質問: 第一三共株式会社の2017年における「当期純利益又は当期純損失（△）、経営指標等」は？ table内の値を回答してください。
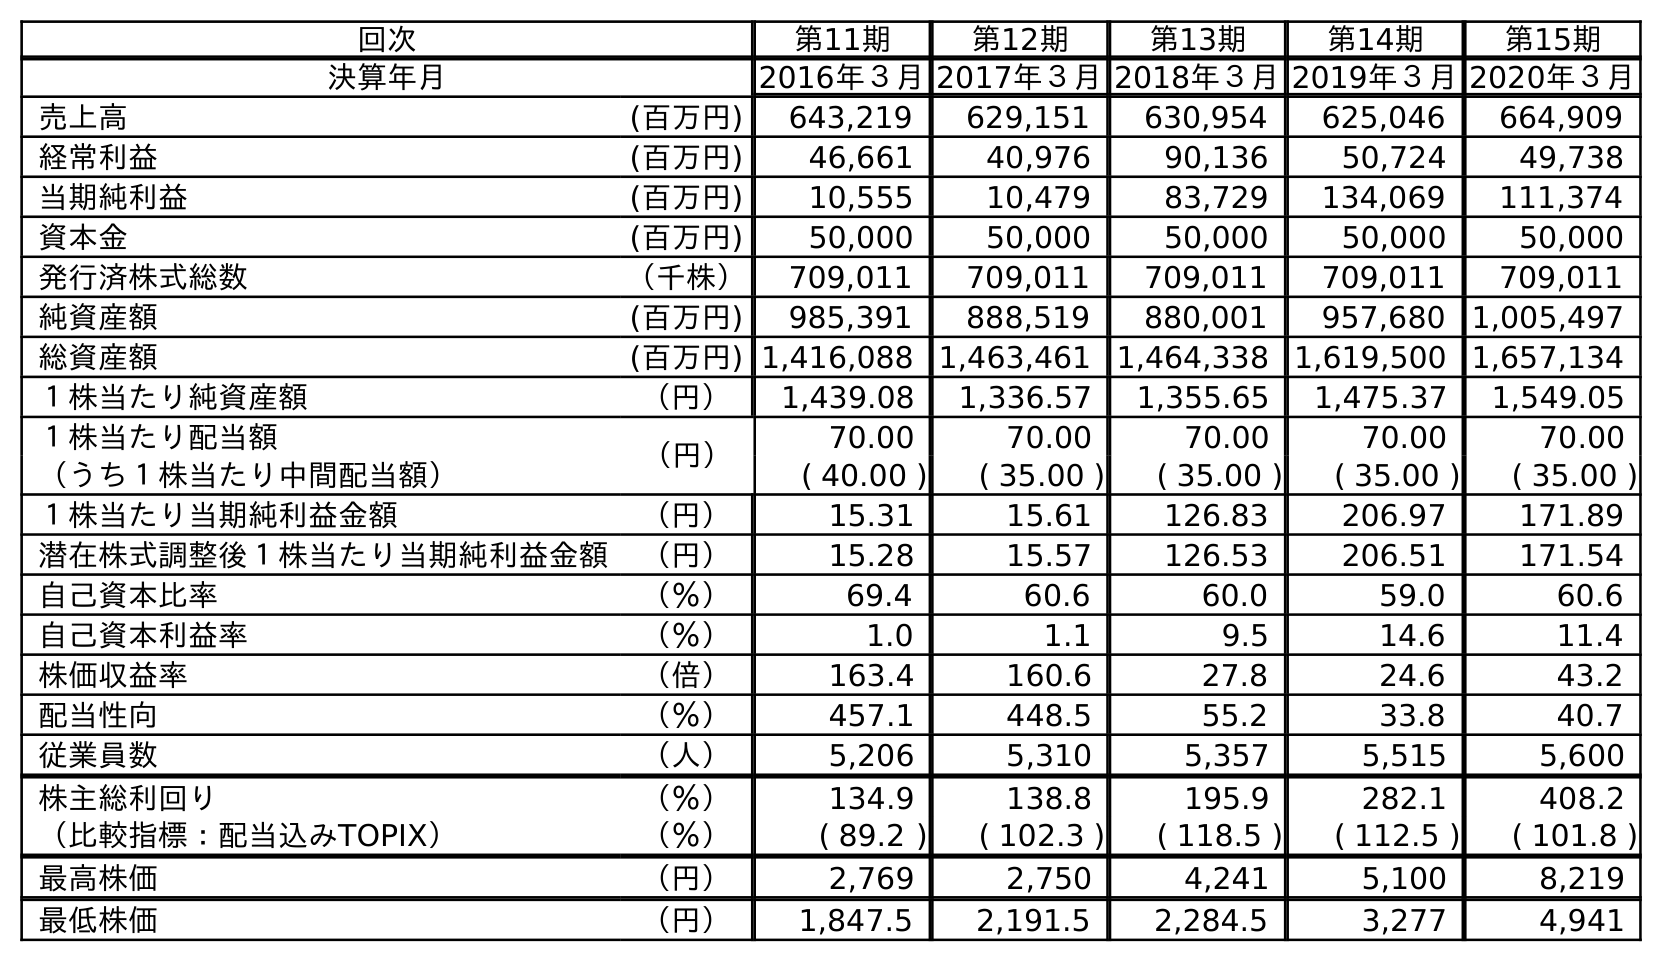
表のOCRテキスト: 回次 第11期 第12期 第13期 第14期 第15期 決算年月 2016年３月2017年３月2018年３月2019年３月2020年３月 売上高 (百万円) 643,219 629,151 630,954 625,046 664,909 経常利益 (百万円) 46,661 40,976 90,136 50,724 49,738 当期純利益 (百万円) 10,555 10,479 83,729 134,069 111,374 資本金 (百万円) 50,000 50,000 50,000 50,000 50,000 発行済株式総数 （千株） 709,011 709,011 709,011 709,011 709,011 純資産額 (百万円) 985,391 888,519 880,001 957,680 1,005,497 総資産額 (百万円) 1,416,088 1,463,461 1,464,338 1,619,500 1,657,134 １株当たり純資産額 （円） 1,439.08 1,336.57 1,355.65 1,475.37 1,549.05 １株当たり配当額 （円） 70.00 70.00 70.00 70.00 70.00 （うち１株当たり中間配当額） ( 40.00 ) ( 35.00 ) ( 35.00 ) ( 35.00 ) ( 35.00 ) １株当たり当期純利益金額 （円） 15.31 15.61 126.83 206.97 171.89 潜在株式調整後１株当たり当期純利益金額 （円） 15.28 15.57 126.53 206.51 171.54 自己資本比率 （％） 69.4 60.6 60.0 59.0 60.6 自己資本利益率 （％） 1.0 1.1 9.5 14.6 11.4 株価収益率 （倍） 163.4 160.6 27.8 24.6 43.2 配当性向 （％） 457.1 448.5 55.2 33.8 40.7 従業員数 （人） 5,206 5,310 5,357 5,515 5,600 株主総利回り （％） 134.9 138.8 195.9 282.1 408.2 （比較指標：配当込みTOPIX） （％） ( 89.2 ) ( 102.3 ) ( 118.5 ) ( 112.5 ) ( 101.8 ) 最高株価 （円） 2,769 2,750 4,241 5,100 8,219 最低株価 （円） 1,847.5 2,191.5 2,284.5 3,277 4,941
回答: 10,479